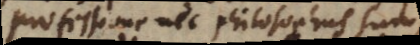
professione nec philosophus sum